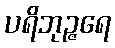
ပရိဘုဉ္ဇရေ